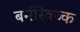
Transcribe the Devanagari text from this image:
बर्नस्विज्क